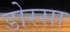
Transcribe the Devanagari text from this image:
डोरसा